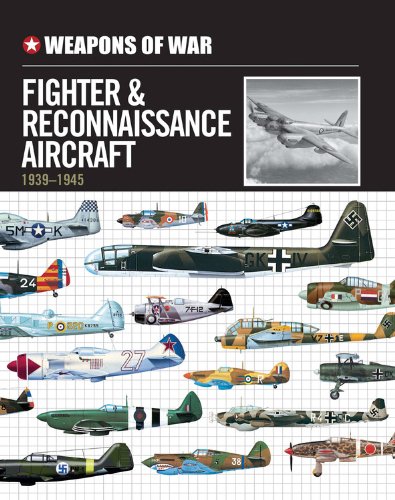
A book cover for Weapons of War Fighter & Reconnaissance Aircraft 1939-1945; Arts & Photography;